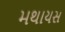
મથાયસ